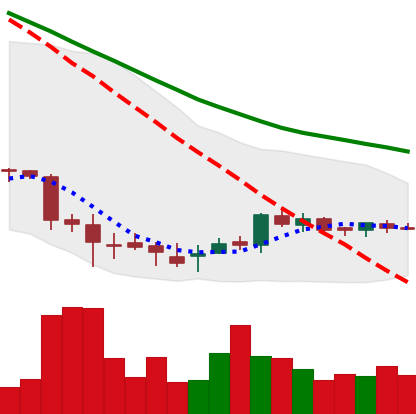
Ticker: DOGE-USD
Chart end date: 2018-07-09
Forward return: -9.259%
Label: down_7plus